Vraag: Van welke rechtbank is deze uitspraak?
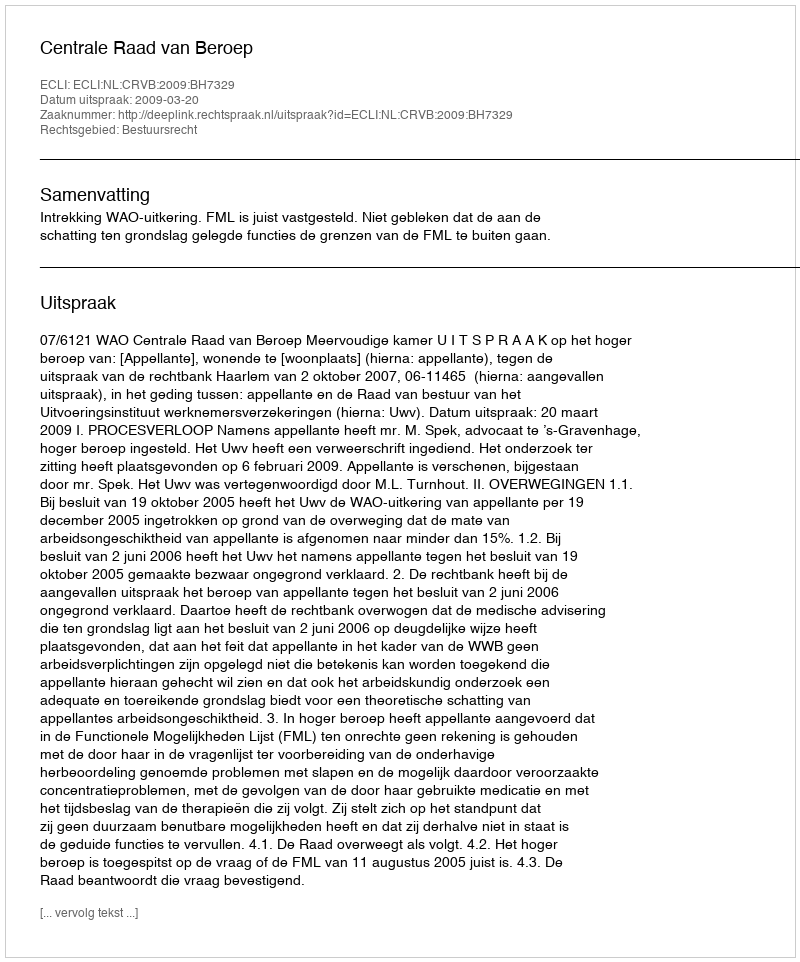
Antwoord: Centrale Raad van Beroep